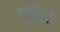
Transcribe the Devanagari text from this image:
वर्द्धकों